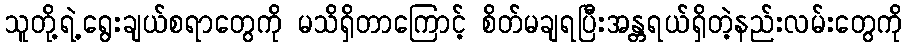
သူတို့ရဲ့ရွေးချယ်စရာတွေကို မသိရှိတာကြောင့် စိတ်မချရပြီးအန္တရယ်ရှိတဲ့နည်းလမ်းတွေကို